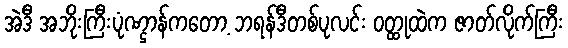
အဲဒီ အဘိုးကြီးပုံဏ္ဌာန်ကတော့ ဘရန်ဒီတစ်ပုလင်း ဝတ္ထုထဲက ဇာတ်လိုက်ကြီး